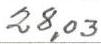
28,03